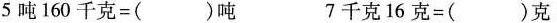
5吨160千克=()吨 7千克16克=()克